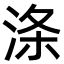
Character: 涤